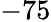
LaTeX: -75